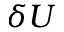
\delta U